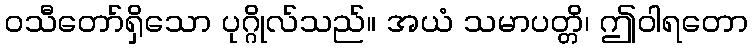
ဝသီတော်ရှိသော ပုဂ္ဂိုလ်သည်။ အယံ သမာပတ္တိ၊ ဤဝါရတော